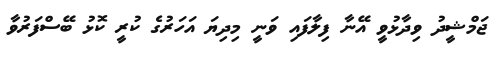
ޖަމްޝީދު ވިދާޅުވީ އޭނާ ފިލާފައި ވަނީ މިދިޔަ އަހަރުގެ ކުރީ ކޮޅު ބޭސްފަރުވާ